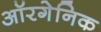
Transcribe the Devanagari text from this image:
ऑरगेनिक